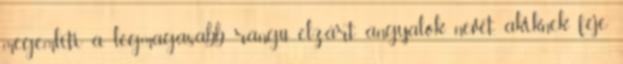
megemlíti a legmagasabb rangú elzárt angyalok nevét, akiknek feje